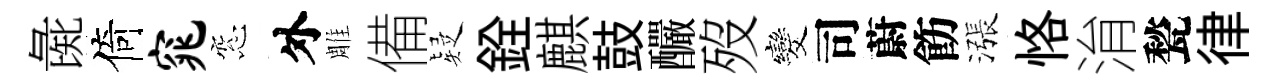
彘倚窕窓外雕備疑銓麒鼓釅歿发司蔚飭漲恪㳙甃律